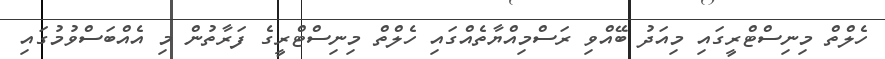
ހެލްތް މިނިސްޓްރީގައި މިއަދު ބޭއްވި ރަސްމިއްޔާތެއްގައި ހެލްތް މިނިސްޓްރީގެ ފަރާތުން މި އެއްބަސްވުމުގައި